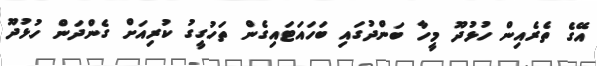
އޭގެ ތެރެއިން ހުޅުދޫ މީހާ ބަންދުގައި ބަހައަޓައިގެން ތަހުގީގު ކުރިއަށް ގެންދަން ހުޅުދޫ